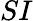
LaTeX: SI